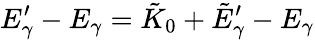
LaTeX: E_{\gamma}^{\prime}-E_{\gamma}=\tilde{K}_{0}+\tilde{E}_{\gamma}^{\prime}-E_{\gamma}